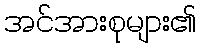
အင်အားစုများ၏